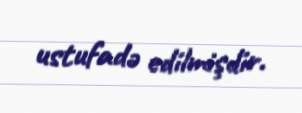
ustufadə edilmişdir.